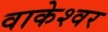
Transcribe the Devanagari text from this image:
वाकेश्वर